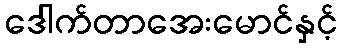
ဒေါက်တာအေးမောင်နှင့်